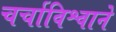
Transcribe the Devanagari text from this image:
चर्चाविश्वाने